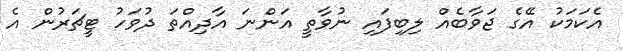
އެކަމަކު އޭގެ ޖަވާބެއް ލިބިފައި ނުވާތީ އަންނަ އާދިއްތަ ދުވަހު ޓީޗަރުން އެ